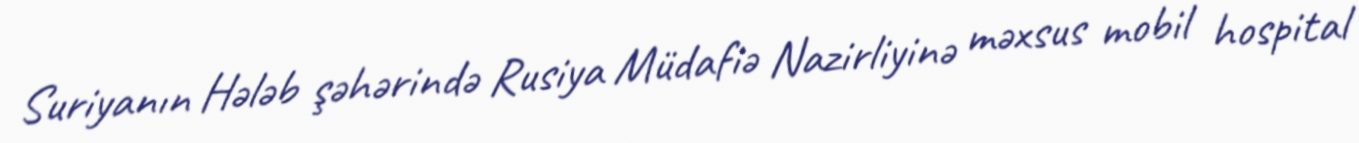
Suriyanın Hələb şəhərində Rusiya Müdafiə Nazirliyinə məxsus mobil hospital